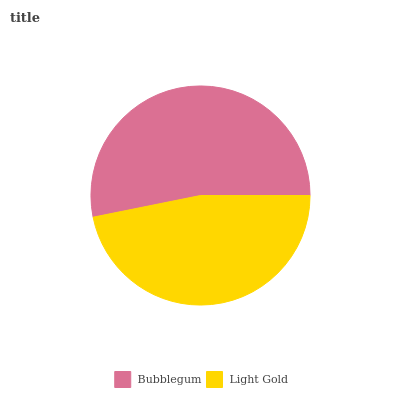
| Bubblegum | Light Gold |
 | --- | --- |
 | 53.2% | 46.8% |